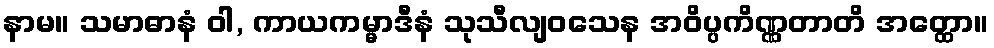
နာမ။ သမာဓာနံ ဝါ, ကာယကမ္မာဒီနံ သုသီလျဝသေန အဝိပ္ပကိဏ္ဏတာတိ အတ္ထော။